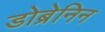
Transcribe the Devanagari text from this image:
डोब्रेनिन